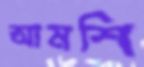
আমশি